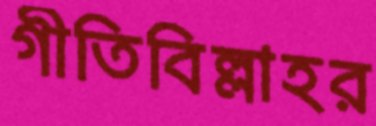
গীতিবিল্লাহর